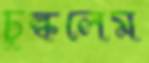
চুল্‌কলেম